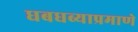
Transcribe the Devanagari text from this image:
धबधब्याप्रमाणे